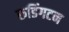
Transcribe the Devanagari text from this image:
रूडिंगटन